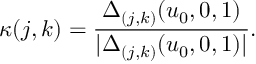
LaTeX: \kappa ( j , k ) = { \frac { \Delta _ { ( j , k ) } ( u _ { 0 } , 0 , 1 ) } { | \Delta _ { ( j , k ) } ( u _ { 0 } , 0 , 1 ) | } } .